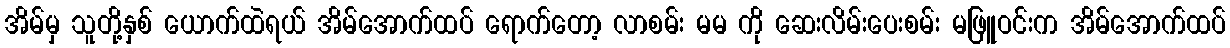
အိမ်မှ သူတို့နှစ် ယောက်ထဲရယ် အိမ်အောက်ထပ် ရောက်တော့ လာစမ်း မမ ကို ဆေးလိမ်းပေးစမ်း မဖြူဝင်းက အိမ်အောက်ထပ်